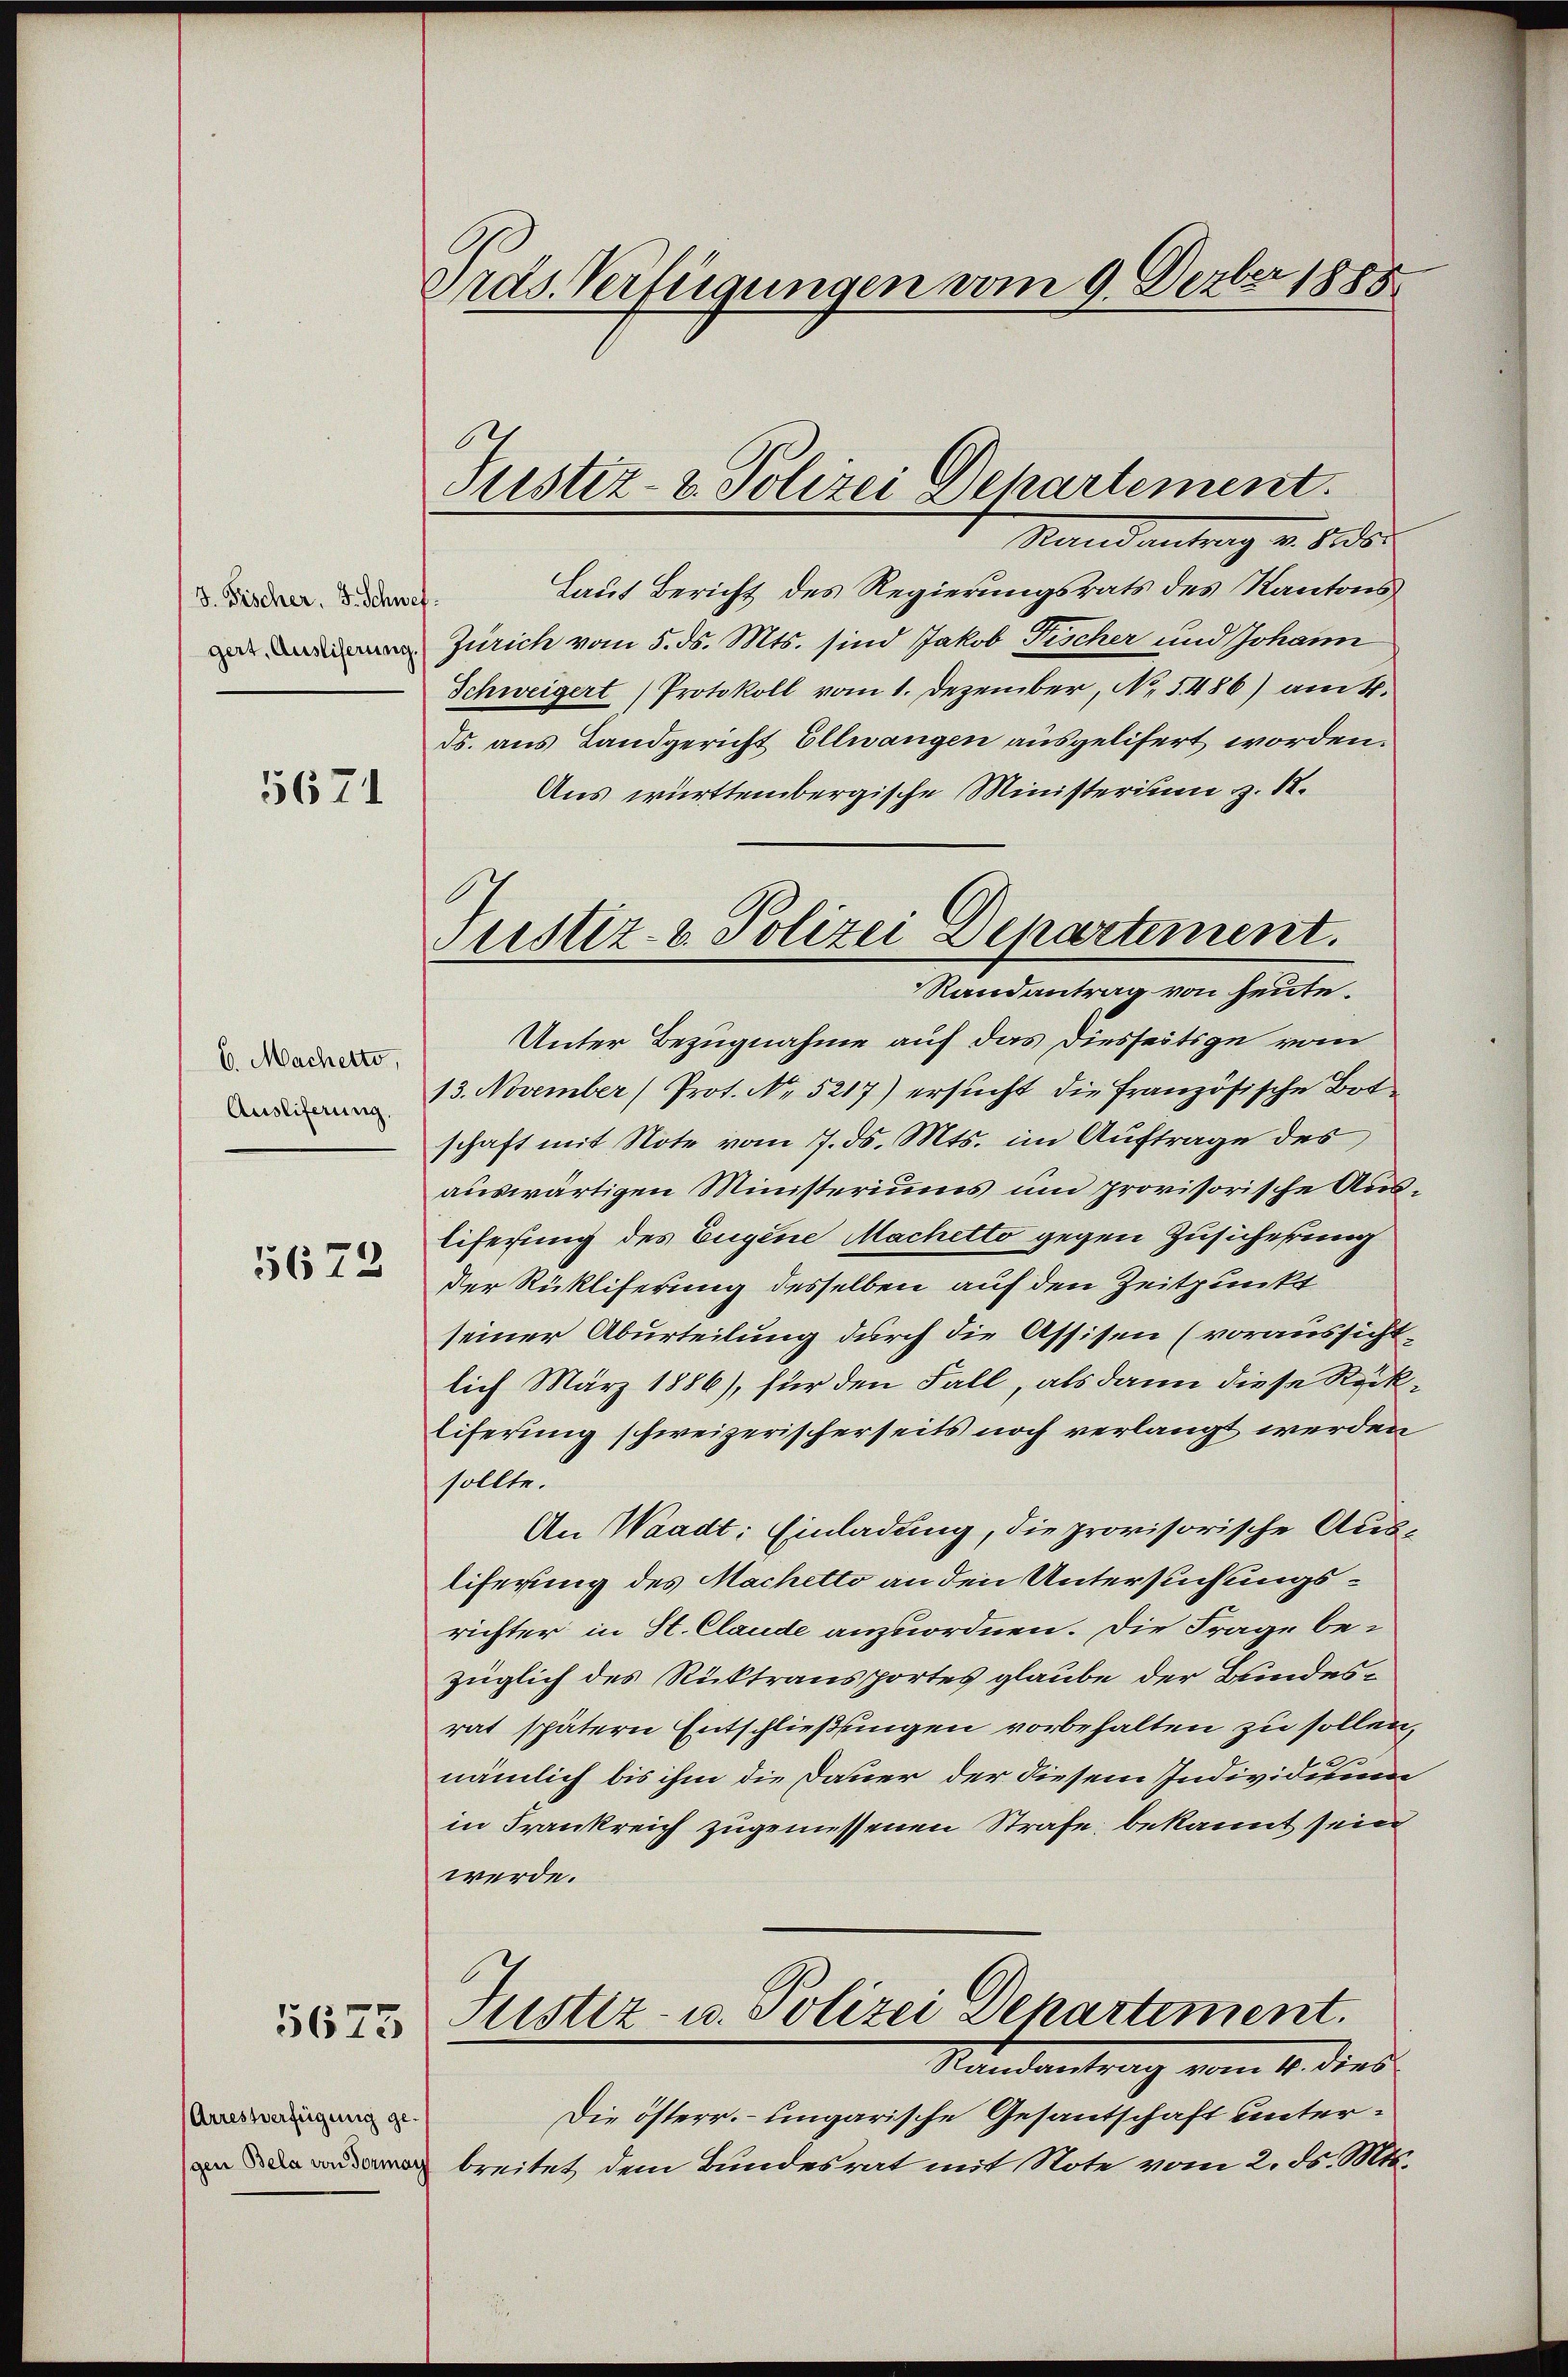
d. Fischer, S. Schwef
gert, Ausliferung.

5671

6. Macherto,
Ausliferung.
5672

5675

Arrestverfügung ge-
gen Bela von Formay

Pras. Verfügungen vom 9. Dezbr 1888

Justiz- & Polizei Departement.

ustiz- & Polizei Departement.
Randantrag von heute.

Stand antrag u. das
Laut Bericht des Regierungsrats des Kantons
Zürich vom 5. ds. Mts. sind Jakob Fischer und Johann
Schweigert Protokoll vom 1. Dezember, No. 5486) am 4.
ds. aus Landgericht Ellwangen ausgelifert worden.
Aus württembergische Ministerium z. 18.
Unter Bezugnahme auf das Diesseitige vom
13. November (Prot. No. 5217) ersucht die französische Botschaft mit Note vom 7. ds. Mts. im Auftrage des
auswärtigen Ministeriums un provisorische Aus¬
Eiferung des Eugene Machetto gegen Zusicherung
Der Rükliferung desselben auf den Zeitpunkt
seiner Aburteilung durch die Assisen (voraussicht.
lich März 1886), für den Fall, als dann diese Rück¬
Eiferung schweizerischerseits noch verlangt werden
sollte.
An Waadt: Einladung, die provisorische Ausliferung des Machetto an den Untersuchungsrichter in St. Claude anzuordnen. Die Frage bezüglich des Rücktransportes glaube der Bundesrat spätern Entschließungen vorbehalten zu sollen,
nämlich bis ihm die Dauer der diesem Individuum
in Frankreich zugemessenen Strafe bekannt sein
werde.
Justiz- u. Polizei Departement.
Nandantrag vom 4. dies
Die österr. ungarische Gesantschaft unterbreitet dem Bundesrat mit Note vom 2. ds. Mts.